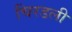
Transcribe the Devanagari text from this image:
चिरडली